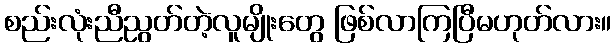
စည်းလုံးညီညွတ်တဲ့လူမျိုးတွေ ဖြစ်လာကြပြီမဟုတ်လား။